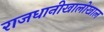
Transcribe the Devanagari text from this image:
राजधानीखालोखाल